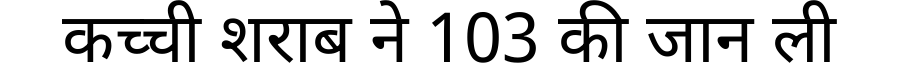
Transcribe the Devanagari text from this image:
कच्ची शराब ने 103 की जान ली